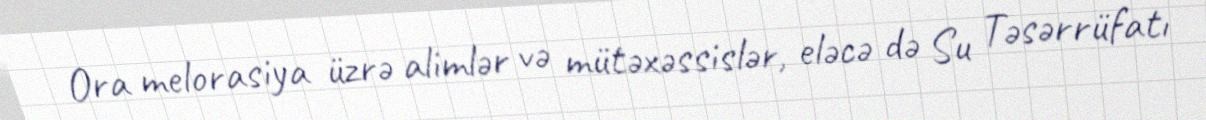
Ora melorasiya üzrə alimlər və mütəxəssislər, eləcə də Su Təsərrüfatı